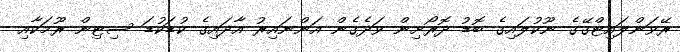
ރޭވަންލައިޓްގޭގެ ނޫކުލައިގެ ބޮޑު ދޮރޯށިން ވަދެގެން އަންނައިރު އާދައިގެ ކުޑަކުޑަ ސިޓިން ރޫމަކާއި